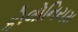
કોલોનિયમ